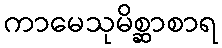
ကာမေသုမိစ္ဆာစာရ